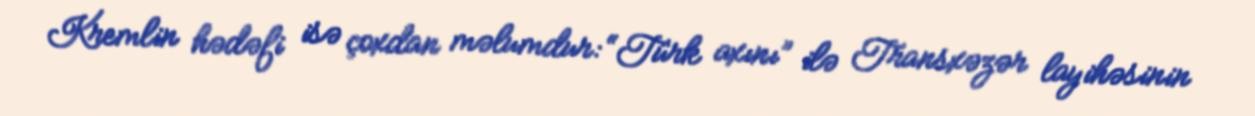
Kremlin hədəfi isə çoxdan məlumdur: “Türk axını” ilə Transxəzər layihəsinin